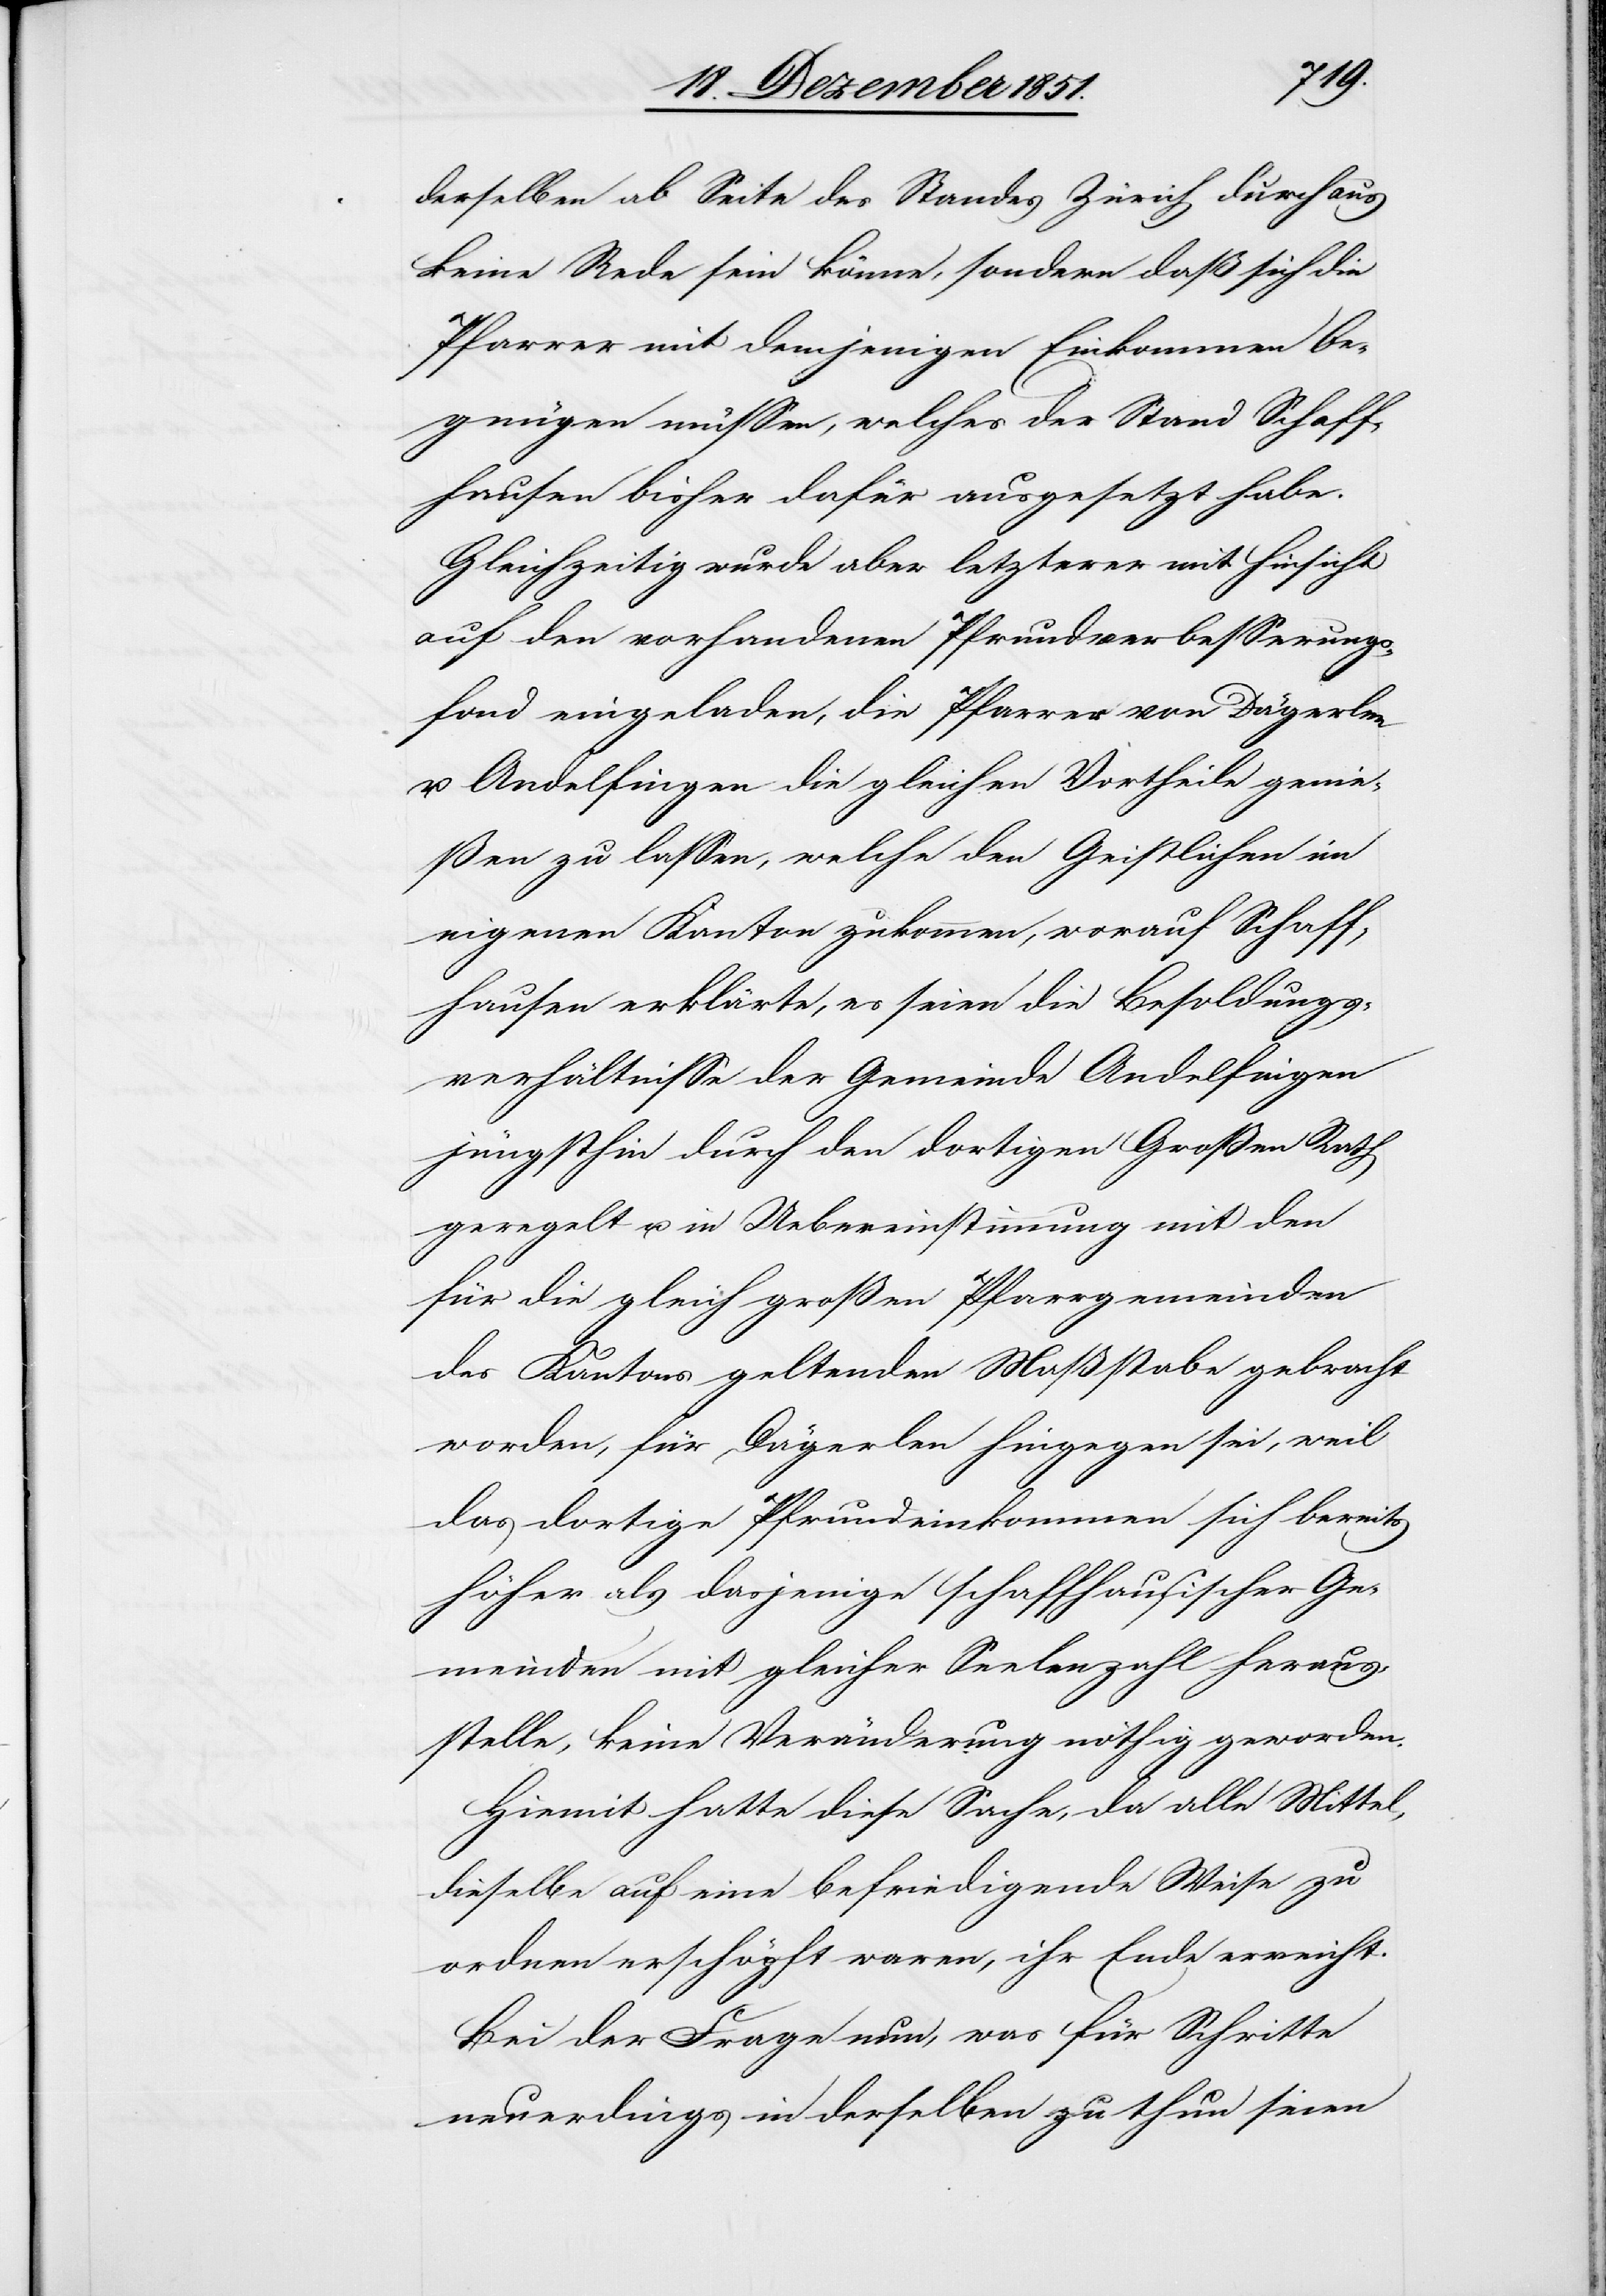
derselben ab Seite des Standes Zürich durchaus
keine Rede sein könne, sondern daß sich die
Pfarrer mit demjenigen Einkommen be¬
gnügen müssen, welches der Stand Schaff¬
hausen bisher dafür ausgesetzt habe.
Gleichzeitig wurde aber letzterer mit Hinsicht
auf den vorhandenen Pfrundverbesserungs¬
fond eingeladen, die Pfarrer von Dägerlen
u. Andelfingen die gleichen Vortheile genie¬
ßen zu lassen, welche den Geistlichen im
eigenen Kanton zukommen, worauf Schaff¬
hausen erklärte, es seien die Besoldungs¬
verhältnisse der Gemeinde Andelfingen
jüngsthin durch den dortigen Großen Rath
geregelt u. in Uebereinstimmung mit den
für die gleich großen Pfarrgemeinden
des Kantons geltenden Maßstabe gebracht
worden, für Dägerlen hingegen sei, weil
das dortige Pfrundeinkommen sich bereits
höher als dasjenige schaffhausischer Ge¬
meinden mit gleicher Seelenzahl heraus¬
stelle, keine Veränderung nöthig geworden.
Hiemit hatte diese Sache, da alle Mittel,
dieselbe auf eine befriedigende Weise zu
ordnen erschöpft waren, ihr Ende erreicht.
Bei der Frage nun, was für Schritte
neuerdings in derselben zu thun seien